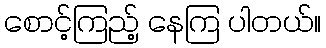
စောင့်ကြည့် နေကြ ပါတယ်။